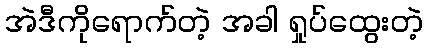
အဲဒီကိုရောက်တဲ့ အခါ ရှုပ်ထွေးတဲ့